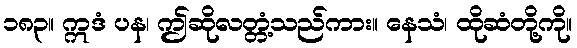
၁၈၃။ ဣဒံ ပန၊ ဤဆိုလတ္တံ့သည်ကား။ နေသံ၊ ထိုဆံတို့ကို။